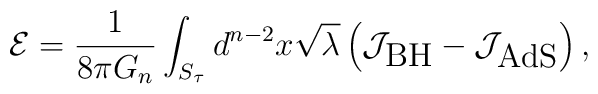
\mathcal{E}=\frac{1}{8\pi G_n} \int_{S_\tau} d^{n-2}x \sqrt{\lambda}\left(\mathcal{J}_\textrm{BH}-\mathcal{J}_\textrm{AdS} \right),